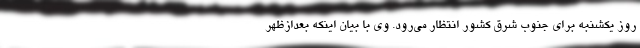
روز یکشنبه برای جنوب شرق کشور انتظار می‌رود. وی با بیان اینکه بعدازظهر